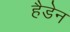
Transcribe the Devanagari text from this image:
हैडेन